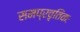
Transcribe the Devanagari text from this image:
समप्रवृतिकः